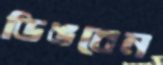
ডিঙবেন